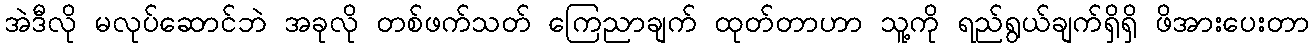
အဲဒီလို မလုပ်ဆောင်ဘဲ အခုလို တစ်ဖက်သတ် ကြေညာချက် ထုတ်တာဟာ သူ့ကို ရည်ရွယ်ချက်ရှိရှိ ဖိအားပေးတာ